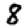
Digit: 8